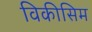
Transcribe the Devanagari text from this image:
विकीसिम